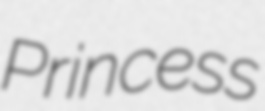
Princess